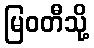
မြဝတီသို့